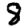
Digit: 8